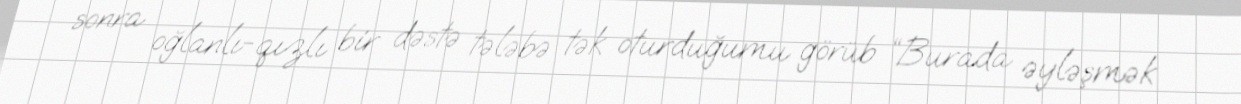
sonra oğlanlı-qızlı bir dəstə tələbə tək oturduğumu görüb “Burada əyləşmək